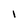
Character: l